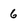
Character: 6